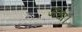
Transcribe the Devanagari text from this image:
अंधा।